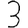
Digit: 3